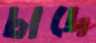
চাদে